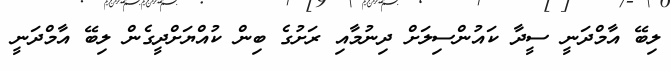
ލިބޭ އާމްދަނީ ސީދާ ކައުންސިލަށް ދިނުމާއި ރަށުގެ ބިން ކުއްޔަށްދީގެން ލިބޭ އާމްދަނީ